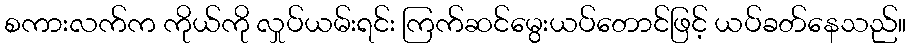
စကားလက်က ကိုယ်ကို လှုပ်ယမ်းရင်း ကြက်ဆင်မွေးယပ်တောင်ဖြင့် ယပ်ခတ်နေသည်။